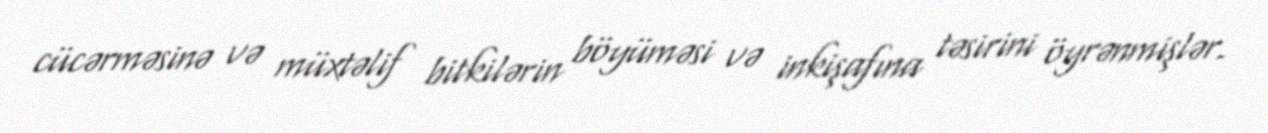
cücərməsinə və müxtəlif bitkilərin böyüməsi və inkişafına təsirini öyrənmişlər.